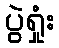
ပွဲရှုံး